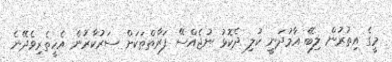
މީގެ އިތުރުން ލިބޭ އާމުދަނީ ކުލި ދެކޮޅު ނުޖެއްސޭ ފަރާތްތަކަށް ސަރުކާރުން އެހީތެރިވެދޭނެ